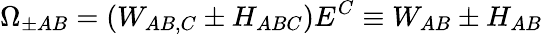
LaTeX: \Omega_{\pm AB}=(W_{AB,C}\pm H_{ABC})E^{C}\equiv W_{AB}\pm H_{AB}